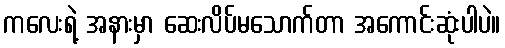
ကလေးရဲ့ အနားမှာ ဆေးလိပ်မသောက်တာ အကောင်းဆုံးပါပဲ။